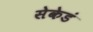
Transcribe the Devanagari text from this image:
सेकेडं